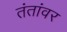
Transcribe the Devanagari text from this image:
तंतांवर